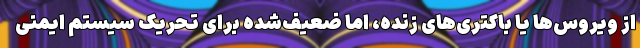
از ویروس‌ها یا باکتری‌های زنده، اما ضعیف‌شده برای تحریکِ سیستمِ ایمنیِ